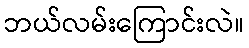
ဘယ်လမ်းကြောင်းလဲ။